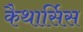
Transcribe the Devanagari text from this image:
कैथार्सिस